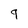
Character: 9